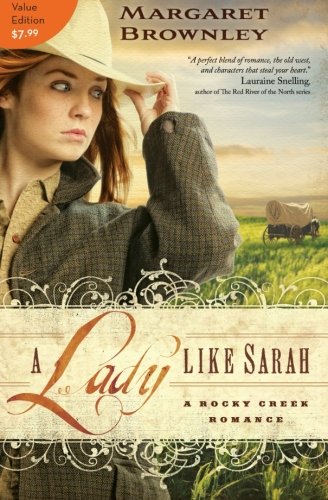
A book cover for A Lady Like Sarah (A Rocky Creek Romance); Margaret Brownley; Christian Books & Bibles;